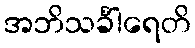
အဘိသင်္ခါရေတိ